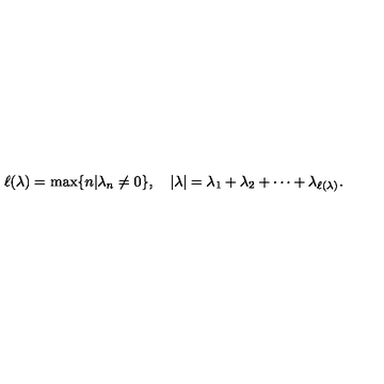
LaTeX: \ell ( \lambda ) = \max \{ n | \lambda _ { n } \neq 0 \} , \quad | \lambda | = \lambda _ { 1 } + \lambda _ { 2 } + \cdots + \lambda _ { \ell ( \lambda ) } .